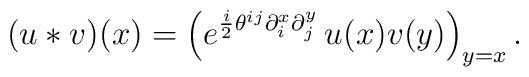
(u  * v)(x) = \Bigl( e^{ \frac i2 \theta^{ij}   \partial_i^x \partial_j^y }\, u(x) v(y) \Bigr)_{y=x} \,.